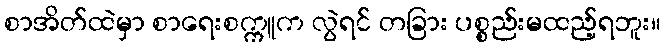
စာအိတ်ထဲမှာ စာရေးစက္ကူက လွဲရင် တခြား ပစ္စည်းမထည့်ရဘူး။